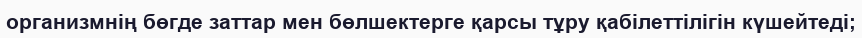
организмнің бөгде заттар мен бөлшектерге қарсы тұру қабілеттілігін күшейтеді;